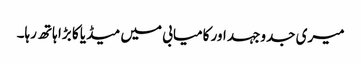
میری جدوجہد اور کامیابی میں میڈیا کا بڑا ہاتھ رہا۔